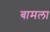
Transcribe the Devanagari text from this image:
बामला